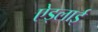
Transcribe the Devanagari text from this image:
ऐड्लाई